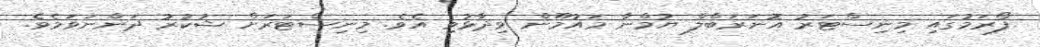
ފޯރަމުގައި މިނިސްޓަރު އޮނަރަބްލް ޔުމްނާ މައުމޫން ވިދާޅުވި އެވެ. މިނިސްޓަރަށް ޝުކުރު ދަންނަވަމެވެ.